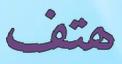
ھتف